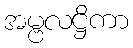
အမ္ဗလဋ္ဌိကာ